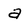
Character: a